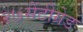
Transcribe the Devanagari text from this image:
२७सेंटीग्रेड